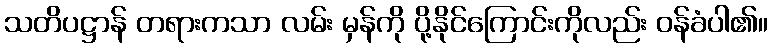
သတိပဋ္ဌာန် တရားကသာ လမ်း မှန်ကို ပို့နိုင်ကြောင်းကိုလည်း ဝန်ခံပါ၏။